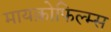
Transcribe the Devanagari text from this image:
मायक्रोफिल्म्स